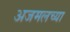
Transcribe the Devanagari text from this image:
अजमलच्या